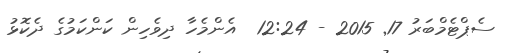
ސެޕްޓެމްބަރު 17